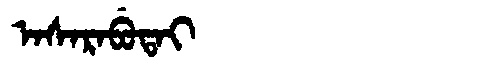
Manchu: ᠠᠰᠠᡵᠠᠪᡠᡨᠠᡳ
Romanization: ASARABUTAI